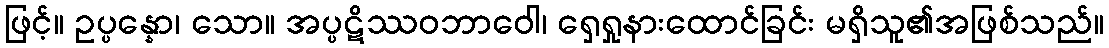
ဖြင့်။ ဥပ္ပန္နော၊ သော။ အပ္ပဋိဿဝဘာဝေါ၊ ရှေရှုနားထောင်ခြင်း မရှိသူ၏အဖြစ်သည်။